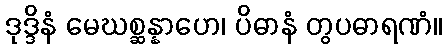
ဒုဒ္ဒိနံ မေဃစ္ဆန္နာဟေ၊ ပိဓာနံ တွပဓာရဏံ။